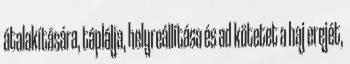
átalakítására, táplálja, helyreállítása és ad kötetet a haj erejét,